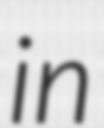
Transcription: in